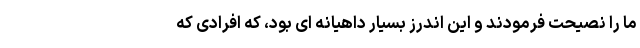
ما را نصیحت فرمودند و این اندرز بسیار داهیانه ای بود، که افرادی که